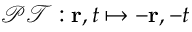
\mathcal { P T } : \mathbf { r } , t \mapsto - \mathbf { r } , - t